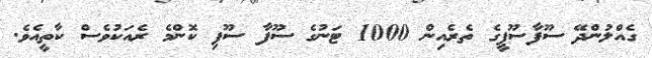
ގެއްލުންދޭ ސޫފާސޫފީގެ ތެރެއިން 1000 ޓަނުގެ ސޫފާ ސޫފި ކޮންމެ ރެއަކުވެސް ކާތީއެވެ.